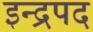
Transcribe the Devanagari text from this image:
इन्द्रपद